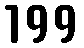
199